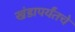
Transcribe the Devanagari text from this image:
खंडापर्यंतचे